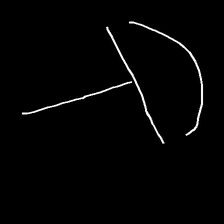
Glyph: dispersion